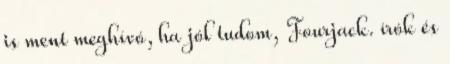
is ment meghívó, ha jól tudom, Fourjack. írók és